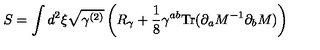
S = \int d ^ { 2 } \xi \sqrt { \gamma ^ { ( 2 ) } } \left( R _ { \gamma } + { \frac { 1 } { 8 } } \gamma ^ { a b } \mathrm { T r } ( \partial _ { a } M ^ { - 1 } \partial _ { b } M ) \right)